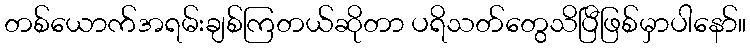
တစ်ယောက်အရမ်းချစ်ကြတယ်ဆိုတာ ပရိသတ်တွေသိပြီဖြစ်မှာပါနော်။